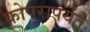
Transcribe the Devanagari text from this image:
कोपरापर्यंत